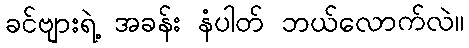
ခင်ဗျားရဲ့ အခန်း နံပါတ် ဘယ်လောက်လဲ။